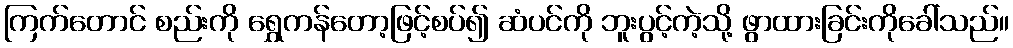
ကြက်တောင် စည်းကို ရွှေကန်တော့ဖြင့်စပ်၍ ဆံပင်ကို ဘူးပွင့်ကဲ့သို့ ဖွာထားခြင်းကိုခေါ်သည်။